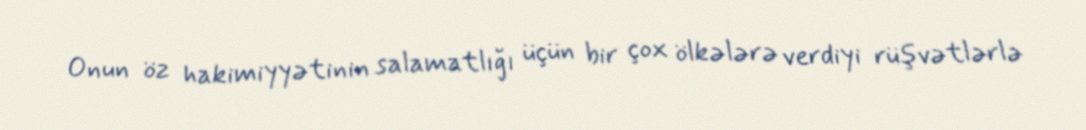
Onun öz hakimiyyətinin salamatlığı üçün bir çox ölkələrə verdiyi rüşvətlərlə